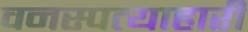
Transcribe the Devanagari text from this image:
वनस्पत्याहारी